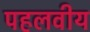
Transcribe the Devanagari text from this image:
पहलवीय